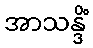
အာသန္ဒိံ